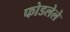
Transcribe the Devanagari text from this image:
फोडलेले